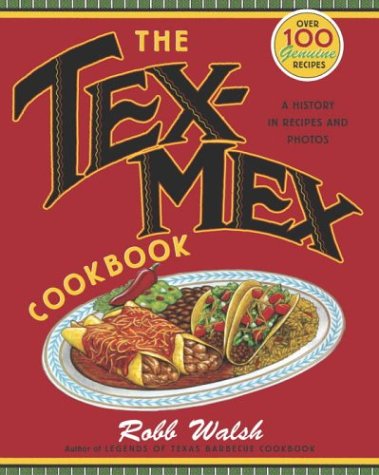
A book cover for The Tex-Mex Cookbook: A History in Recipes and Photos; Robb Walsh; Cookbooks, Food & Wine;